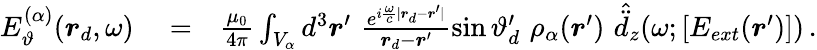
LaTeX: \begin{array}{rlr}{E_{\vartheta}^{(\alpha)}(\boldsymbol{r}_{d},\omega)}&{{}=}&{\frac{\mu_{0}}{4\pi}\int_{V_{\alpha}}d^{3}\boldsymbol{r}^{\prime}\, \, \frac{e^{i\frac{\omega}{c}|\boldsymbol{r}_{d}-\boldsymbol{r}^{\prime}|}}{\boldsymbol{r}_{d}-\boldsymbol{r}^{\prime}}\sin\vartheta_{d}^{\prime}\, \, \rho_{\alpha}(\boldsymbol{r}^{\prime})\, \, \hat{\ddot{d}}_{z}(\omega;[E_{ext}(\boldsymbol{r}^{\prime})])\, .}\end{array}